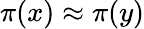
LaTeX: \pi(x)\approx\pi(y)